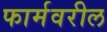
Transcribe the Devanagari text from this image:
फार्मवरील